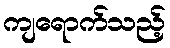
ကျရောက်သည့်